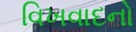
વિખવાદનો